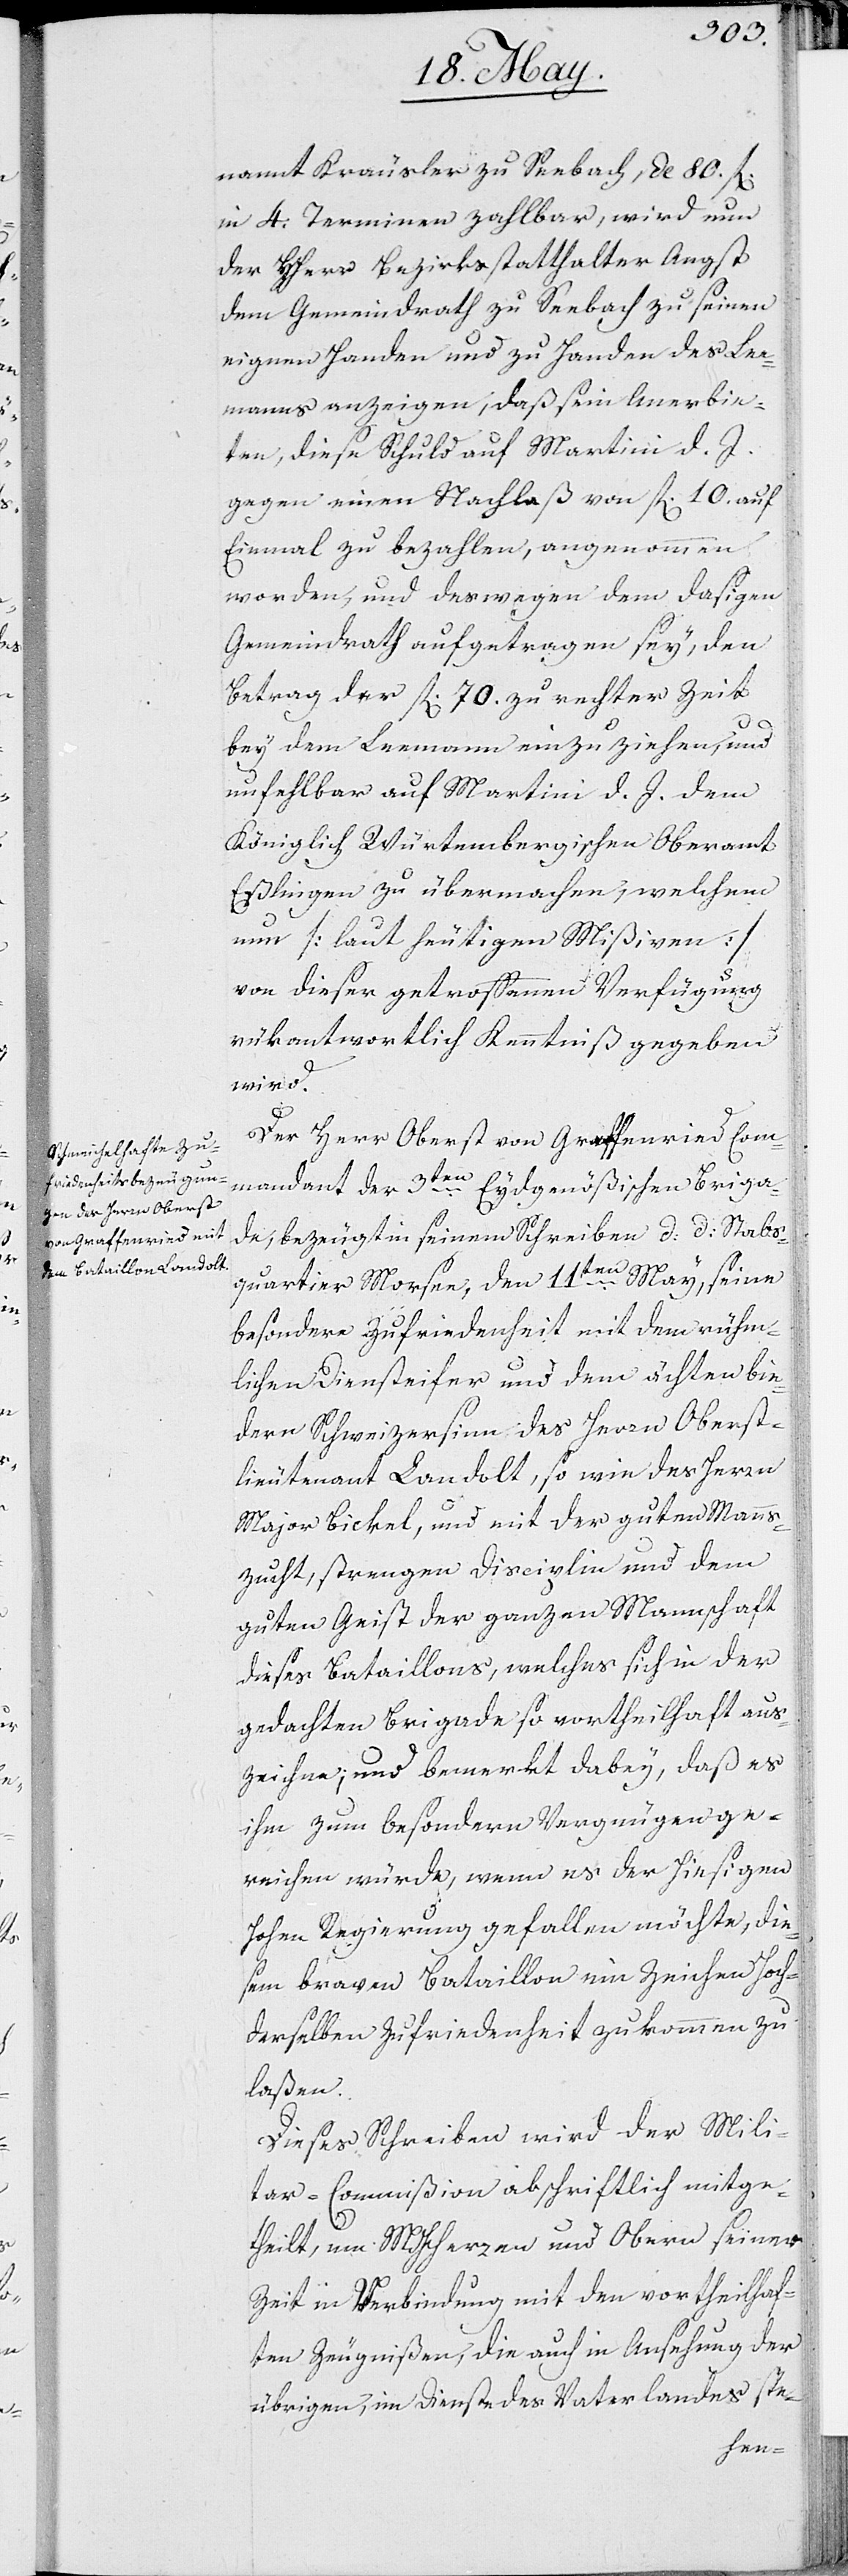
nannt Kräusler zu Seebach, de 80. fl
in 4. Terminen zahlbar, wird nun
der Herr Bezirksstatthalter Angst
dem Gemeindrath zu Seebach zu seinen
eigenen Handen und zu Handen des Lee¬
manns anzeigen, daß sein Anerbie¬
ten, diese Schuld auf Martini d. J.
gegen einen Nachlaß von fl 10. auf
Einmal zu bezahlen, angenommen
worden, und deßwegen dem dasigen
Gemeindrath aufgetragen sey, den
Betrag der fl. 70. zu rechter Zeit
bey dem Leemann einzuziehen, und
unfehlbar auf Martini d. J. dem
Königlich Würtembergischen Oberamt
Eßlingen zu übermachen, welchem
nun (laut heutigen Mißiven)
von dieser getroffenen Verfügung
rückantwortlich Kenntniß gegeben
wird.
Der Herr Oberst von Graffenried Com¬
mandant der 3ten Eydsgenößischen Briga¬
de, bezeugt in seinem Schreiben d. d. Stabs¬
quartier Morsee, den 11ten May, seine
besondere Zufriedenheit mit dem rühm¬
lichen Diensteifer und mit dem ächten bie¬
dern Schweizersinn des Herrn Oberst¬
lieutenant Landolt, so wie des Herrn
Major Bickel, und mit der guten Manns¬
zucht, strenger Disciplin und dem
guten Geist der ganzen Mannschaft
dieser Bataillons, welcher sich in der
gedachten Brigade so vortheilhaft aus¬
zeichne; und bemerkt dabey, daß es
ihm zum besonderen Vergnügen ge¬
reichen würde, wenn es der hiesigen
Hohen Regierung gefallen möchte, die¬
sem braven Bataillon ein Zeichen Hoch¬
derselben Zufriedenheit zukommen zu
laßen.
Dieses Schreiben wird der Mili¬
tar-Commißion abschriftlich mitge¬
theilt, um MHerren und Oberen seiner
Zeit in Verbindung mit den vortreffli¬
chen Zeugnißen, die auch in Ansehung der
übrigen, im Dienste des Vaterlandes ste-